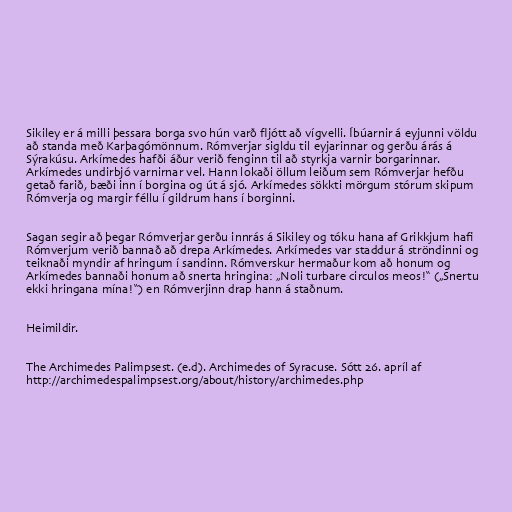
Sikiley er á milli þessara borga svo hún varð fljótt að vígvelli. Íbúarnir á eyjunni völdu
að standa með Karþagómönnum. Rómverjar sigldu til eyjarinnar og gerðu árás á
Sýrakúsu. Arkímedes hafði áður verið fenginn til að styrkja varnir borgarinnar.
Arkímedes undirbjó varnirnar vel. Hann lokaði öllum leiðum sem Rómverjar hefðu
getað farið, bæði inn í borgina og út á sjó. Arkímedes sökkti mörgum stórum skipum
Rómverja og margir féllu í gildrum hans í borginni.

Sagan segir að þegar Rómverjar gerðu innrás á Sikiley og tóku hana af Grikkjum hafi
Rómverjum verið bannað að drepa Arkímedes. Arkímedes var staddur á ströndinni og
teiknaði myndir af hringum í sandinn. Rómverskur hermaður kom að honum og
Arkímedes bannaði honum að snerta hringina: „Noli turbare circulos meos!“ („Snertu
ekki hringana mína!“) en Rómverjinn drap hann á staðnum.

Heimildir.

The Archimedes Palimpsest. (e.d). Archimedes of Syracuse. Sótt 26. apríl af
http://archimedespalimpsest.org/about/history/archimedes.php